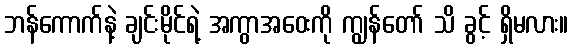
ဘန်ကောက်နဲ့ ချင်းမိုင်ရဲ့ အကွာအဝေးကို ကျွန်တော် သိ ခွင့် ရှိမလား။